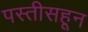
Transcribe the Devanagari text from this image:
पस्‍तीसहून